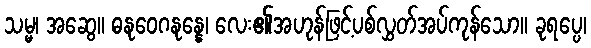
သမ္မ၊ အဆွေ။ ဓနုဝေဂနုန္နေ၊ လေး၏အဟုန်ဖြင့်ပစ်လွှတ်အပ်ကုန်သော။ ခုရပ္ပေ၊